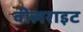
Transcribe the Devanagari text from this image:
वीलराइट